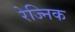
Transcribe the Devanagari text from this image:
रेज्निक